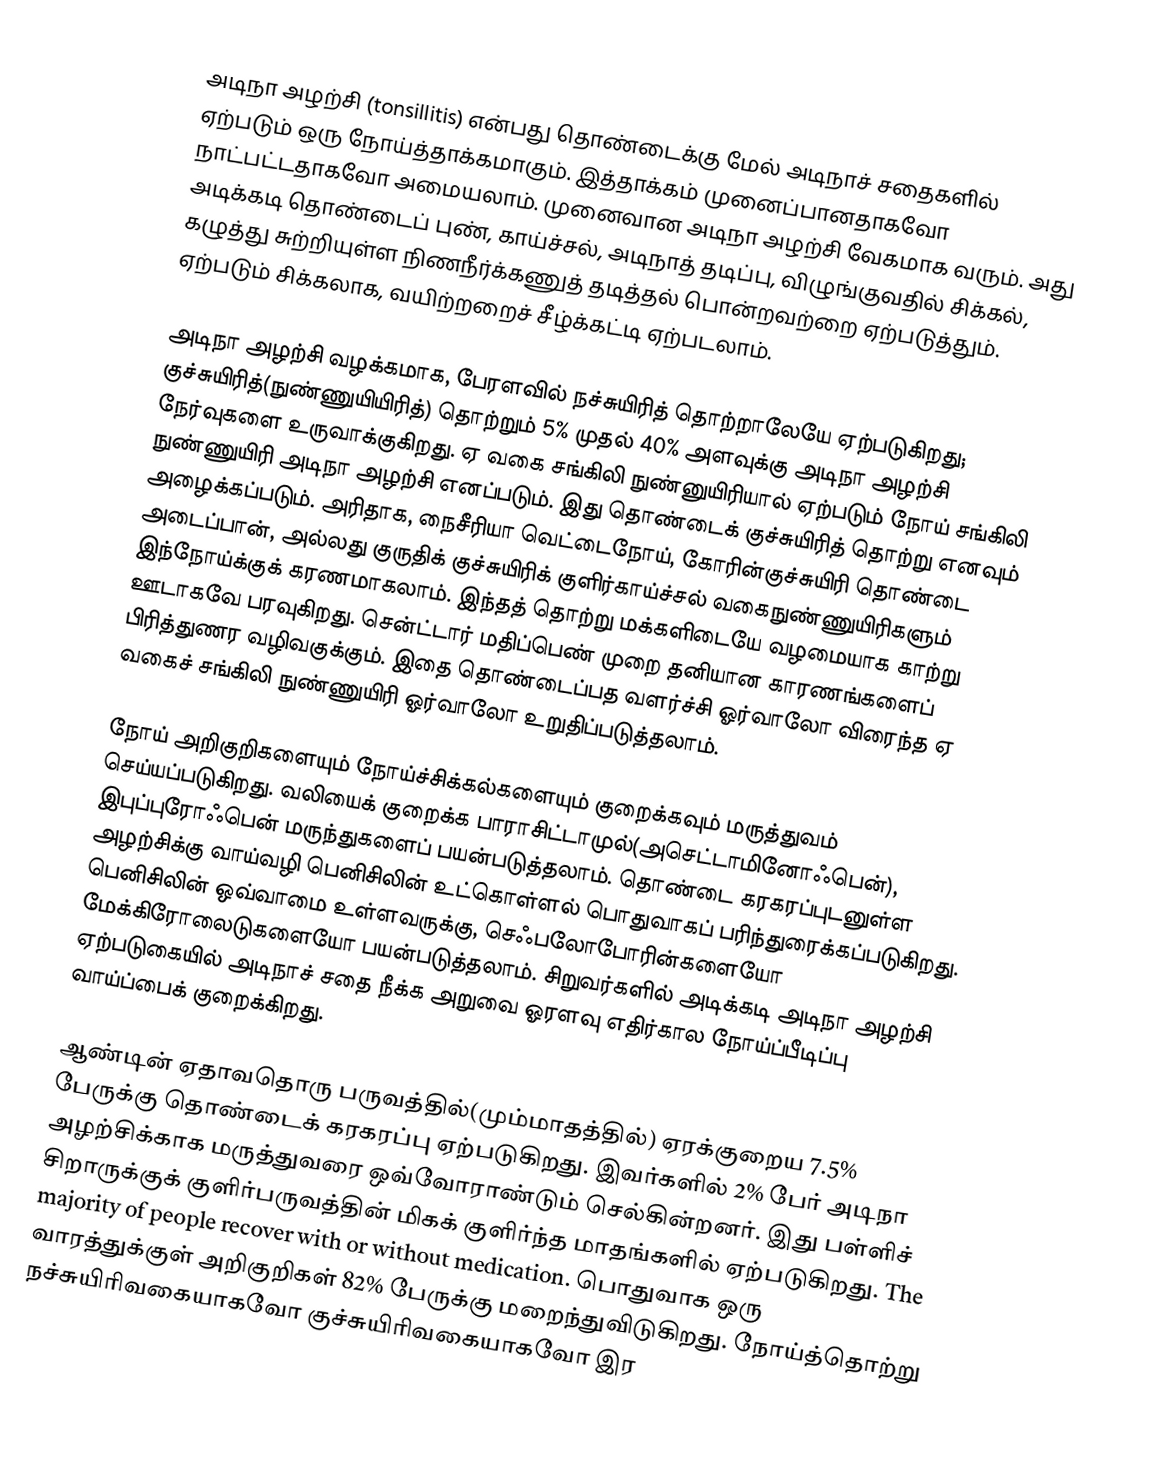
அடிநா அழற்சி (tonsillitis) என்பது  தொண்டைக்கு மேல் அடிநாச் சதைகளில் ஏற்படும் ஒரு நோய்த்தாக்கமாகும். இத்தாக்கம் முனைப்பானதாகவோ நாட்பட்டதாகவோ அமையலாம். முனைவான அடிநா அழற்சி வேகமாக வரும். அது அடிக்கடி தொண்டைப் புண், காய்ச்சல், அடிநாத் தடிப்பு, விழுங்குவதில் சிக்கல்,  கழுத்து சுற்றியுள்ள நிணநீர்க்கணுத் தடித்தல் பொன்றவற்றை ஏற்படுத்தும்.  ஏற்படும் சிக்கலாக, வயிற்றறைச் சீழ்க்கட்டி ஏற்படலாம்.

அடிநா அழற்சி வழக்கமாக, பேரளவில் நச்சுயிரித் தொற்றாலேயே ஏற்படுகிறது; குச்சுயிரித்(நுண்ணுயியிரித்) தொற்றும்  5% முதல் 40%  அளவுக்கு அடிநா அழற்சி நேர்வுகளை உருவாக்குகிறது. ஏ வகை சங்கிலி நுண்னுயிரியால் ஏற்படும் நோய் சங்கிலி நுண்ணுயிரி அடிநா அழற்சி எனப்படும். இது தொண்டைக் குச்சுயிரித் தொற்று எனவும் அழைக்கப்படும். அரிதாக,  நைசீரியா வெட்டைநோய், கோரின்குச்சுயிரி தொண்டை அடைப்பான், அல்லது குருதிக் குச்சுயிரிக் குளிர்காய்ச்சல் வகைநுண்ணுயிரிகளும் இந்நோய்க்குக் கரணமாகலாம்.  இந்தத் தொற்று மக்களிடையே வழமையாக காற்று ஊடாகவே பரவுகிறது. சென்ட்டார் மதிப்பெண் முறை தனியான காரணங்களைப் பிரித்துணர வழிவகுக்கும்.  இதை தொண்டைப்பத வளர்ச்சி ஓர்வாலோ விரைந்த ஏ வகைச் சங்கிலி நுண்ணுயிரி ஓர்வாலோ  உறுதிப்படுத்தலாம்.

நோய் அறிகுறிகளையும் நோய்ச்சிக்கல்களையும் குறைக்கவும் மருத்துவம் செய்யப்படுகிறது. வலியைக் குறைக்க பாராசிட்டாமுல்(அசெட்டாமினோஃபென்), இபுப்புரோஃபென்  மருந்துகளைப் பயன்படுத்தலாம். தொண்டை கரகரப்புடனுள்ள அழற்சிக்கு வாய்வழி பெனிசிலின் உட்கொள்ளல் பொதுவாகப் பரிந்துரைக்கப்படுகிறது. பெனிசிலின் ஒவ்வாமை உள்ளவருக்கு, செஃபலோபோரின்களையோ மேக்கிரோலைடுகளையோ பயன்படுத்தலாம். சிறுவர்களில் அடிக்கடி அடிநா அழற்சி ஏற்படுகையில் அடிநாச் சதை நீக்க அறுவை ஓரளவு எதிர்கால நோய்ப்பீடிப்பு வாய்ப்பைக் குறைக்கிறது.

ஆண்டின் ஏதாவதொரு பருவத்தில்(மும்மாதத்தில்) ஏரக்குறைய 7.5%  பேருக்கு தொண்டைக் கரகரப்பு ஏற்படுகிறது. இவர்களில் 2% பேர் அடிநா அழற்சிக்காக மருத்துவரை ஒவ்வோராண்டும் செல்கின்றனர்.  இது பள்ளிச் சிறாருக்குக் குளிர்பருவத்தின் மிகக் குளிர்ந்த மாதங்களில் ஏற்படுகிறது. The majority of people recover with or without medication. பொதுவாக ஒரு வாரத்துக்குள் அறிகுறிகள் 82% பேருக்கு மறைந்துவிடுகிறது. நோய்த்தொற்று நச்சுயிரிவகையாகவோ குச்சுயிரிவகையாகவோ இர